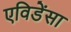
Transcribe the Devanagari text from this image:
एविडेंसा